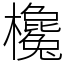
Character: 欃